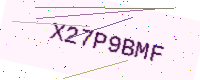
Text: X27P9BMF